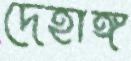
দেহাঙ্গ